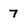
Character: 7